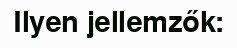
Ilyen jellemzők: